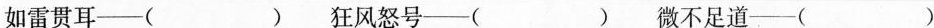
如雷贯耳—( ) 狂风怒号—( ) 微不足道—( )